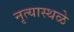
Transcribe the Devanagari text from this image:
नृत्यास्थळे